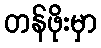
တန်ဖိုးမှာ